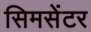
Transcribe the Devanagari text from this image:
सिमसेंटर